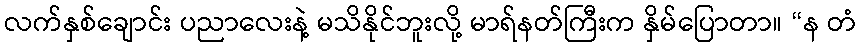
လက်နှစ်ချောင်း ပညာလေးနဲ့ မသိနိုင်ဘူးလို့ မာရ်နတ်ကြီးက နှိမ်ပြောတာ။ “န တံ